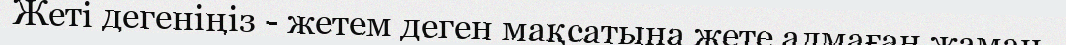
Жеті дегеніңіз - жетем деген мақсатына жете алмаған жаман.